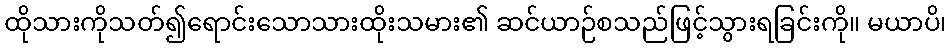
ထိုသားကိုသတ်၍ရောင်းသောသားထိုးသမား၏ ဆင်ယာဉ်စသည်ဖြင့်သွားရခြင်းကို။ မယာပိ၊